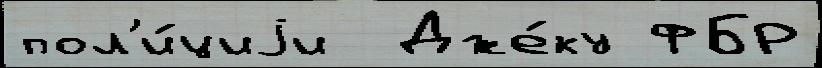
пол'и́циjи  Дже́ку ФБР